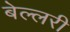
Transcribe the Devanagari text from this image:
बेल्लरी